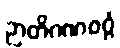
ဉာတိဂဏဝဂ္ဂံ